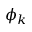
\phi _ { k }